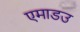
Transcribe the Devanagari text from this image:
एमाडउ